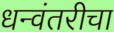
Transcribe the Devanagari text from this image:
धन्वंतरीचा